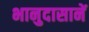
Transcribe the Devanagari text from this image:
भानुदासानें